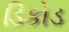
ડિકોડ